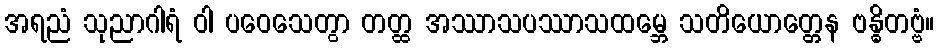
အရညံ သုညာဂါရံ ဝါ ပဝေသေတွာ တတ္ထ အဿာသပဿာသထမ္ဘေ သတိယောတ္တေန ဗန္ဓိတဗ္ဗံ။